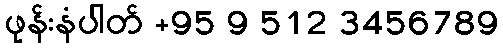
ဖုန်းနံပါတ် +95 9 512 3456789